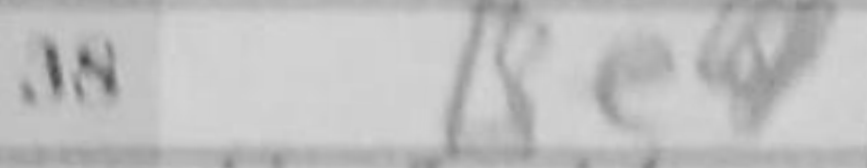
Transcription: Be4